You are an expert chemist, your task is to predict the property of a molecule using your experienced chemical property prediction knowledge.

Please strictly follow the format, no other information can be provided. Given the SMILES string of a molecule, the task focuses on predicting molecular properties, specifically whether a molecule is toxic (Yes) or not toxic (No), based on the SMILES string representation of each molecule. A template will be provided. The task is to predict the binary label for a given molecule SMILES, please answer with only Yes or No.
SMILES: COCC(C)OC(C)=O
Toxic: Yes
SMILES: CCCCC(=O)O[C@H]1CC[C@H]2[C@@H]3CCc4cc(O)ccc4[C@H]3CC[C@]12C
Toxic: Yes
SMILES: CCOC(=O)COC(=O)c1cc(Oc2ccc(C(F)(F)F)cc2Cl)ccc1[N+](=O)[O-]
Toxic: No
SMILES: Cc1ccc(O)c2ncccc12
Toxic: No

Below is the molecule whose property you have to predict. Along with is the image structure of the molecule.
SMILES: C=C1/C(=C\C=C2/CCC[C@@]3(C)[C@H]2CC[C@@H]3[C@H](C)/C=C/[C@H](C)C(C)C)C[C@@H](O)C[C@@H]1O
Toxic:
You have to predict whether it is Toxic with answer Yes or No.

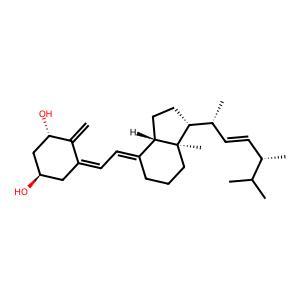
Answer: No